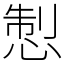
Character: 𢛁